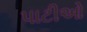
પાટીઓ